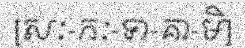
[សៈ-កៈ-ទា-គា-មិ]